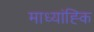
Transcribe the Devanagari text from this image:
माध्यांह्कि